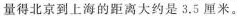
量得北京到上海的距离大约是3.5厘米。